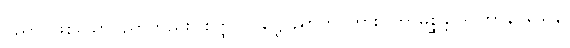
ပညာ၊ ဖြစ်သောပညာတည်း။ စိတ္ထ ဝိဝဋ္ဋေပညာတိ၊ ကား။ ကာမစ္ဆန္ဒာဒိပဟာနဝသေန၊